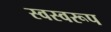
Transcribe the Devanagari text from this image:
स्वस्वरूप